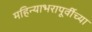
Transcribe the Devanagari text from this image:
महिन्याभरापूर्वीच्या